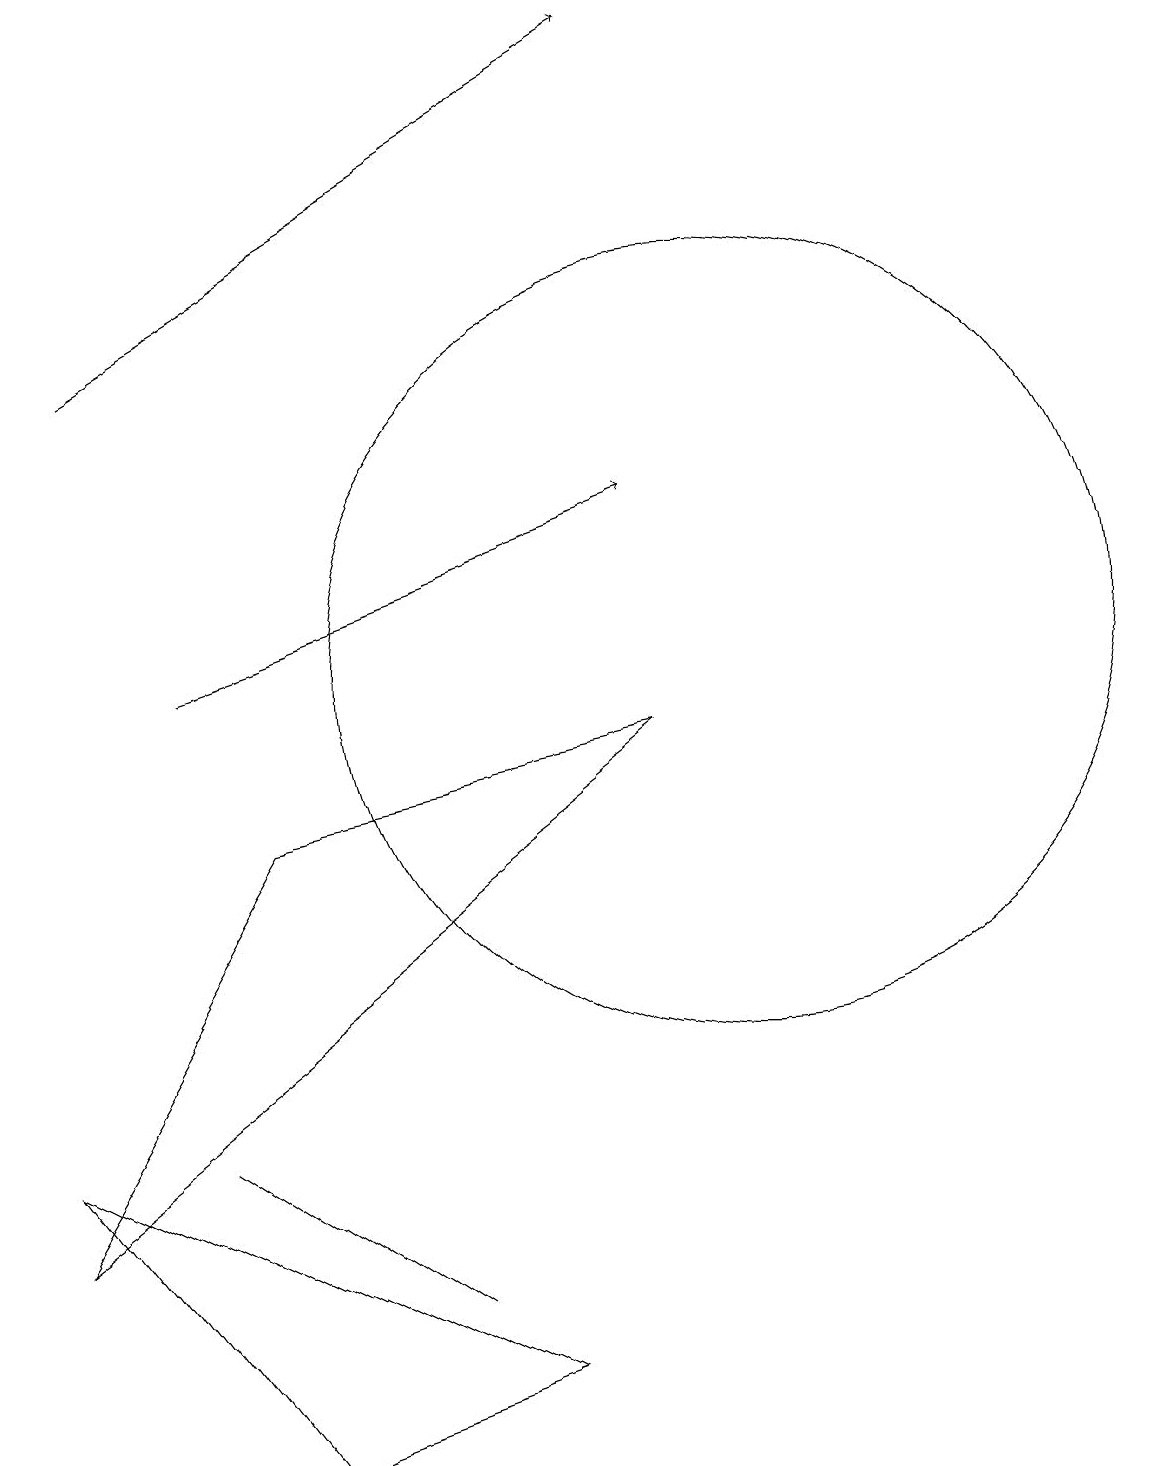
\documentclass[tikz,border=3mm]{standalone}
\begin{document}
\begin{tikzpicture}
\draw (3,4) -- (6,2) -- (6,2) -- cycle;
\draw (10,10) circle (5);
\draw[->] (2,14) -- (9,18);
\draw[->] (3,10) -- (9,12);
\draw (7,1) -- (4,0) -- (1,4) -- cycle;
\draw (11,11) circle (0);
\draw (4,8) -- (1,3) -- (9,9) -- cycle;
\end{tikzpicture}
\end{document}